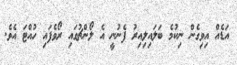
އަޑެއް އިވިގެން ނިކުމެ ބަލައިލިއިރު ފެނުނީ އެ ލޯންޗުގައި ރޯވެފައި ހުއްޓަ އެވެ.